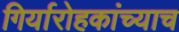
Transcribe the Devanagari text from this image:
गिर्यारोहकांच्याच